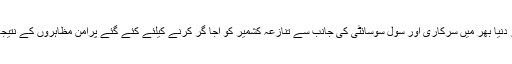
18 اگست2019ء) پاکستان کی جانب سے سوشل میڈیا کے بہترین استعمال، سمارٹ سفارتی اقدامات اور دنیا بھر میں سرکاری اور سول سوسائٹی کی جانب سے تنازعہ کشمیر کو اجا گر کرنے کیلئے کئے گئے پرامن مظاہروں کے نتیجہ میں مقبوضہ جموں و کشمیر کے حوالہ سے کئے جانے والے بھارتی پروپیگنڈہ کو ناکام بنا دیا گیا ہے۔